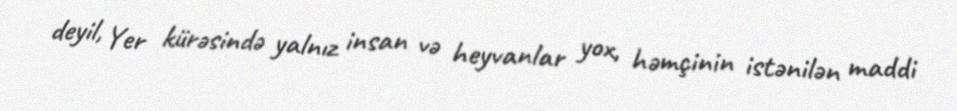
deyil, Yer kürəsində yalnız insan və heyvanlar yox, həmçinin istənilən maddi